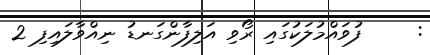
:     ފުވައްމުލަކުގައި ރޯވި އަލިފާންގަނޑު ނިއްވާލައިފި 2